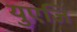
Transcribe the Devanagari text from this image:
युएजि